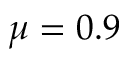
\mu = 0 . 9